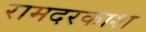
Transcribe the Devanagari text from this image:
रामदरकाश